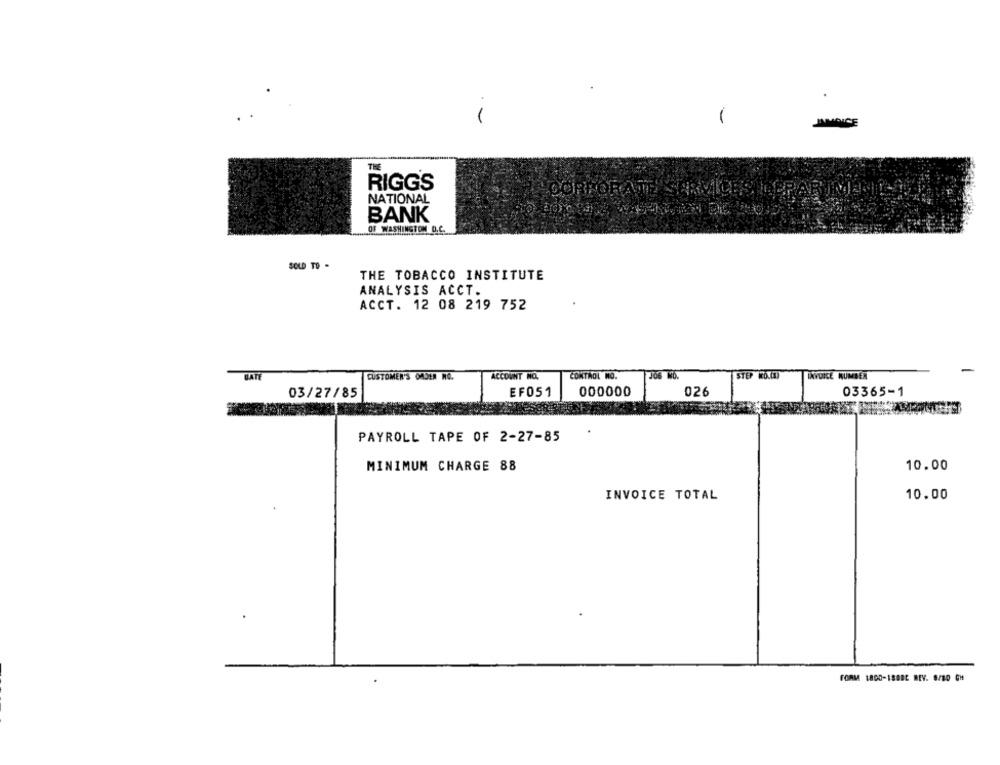
INDICE
THE
RIGG'S
CORPORATE SERVICES
NATIONAL
BANK
OF WASHINGTON D.C.
SOLD TO -
THE TOBACCO INSTITUTE
ANALYSIS ACCT.
ACCT. 12 08 219 752
BATE
CUSTOMER'S ORDER NO.
ACCOUNT NO.
CONTROL NO.
STEP (O.()
IXVOICE NUMBER
-
03365-1
03/27/85
EF051
000000
026
PAYROLL TAPE OF 2-27-85
MINIMUM CHARGE 88
10.00
INVOICE TOTAL
10.00
FORMA 1800-188BC BEY. 8/80 CH